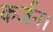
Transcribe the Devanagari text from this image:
कर्जन।